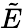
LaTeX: \tilde{E}